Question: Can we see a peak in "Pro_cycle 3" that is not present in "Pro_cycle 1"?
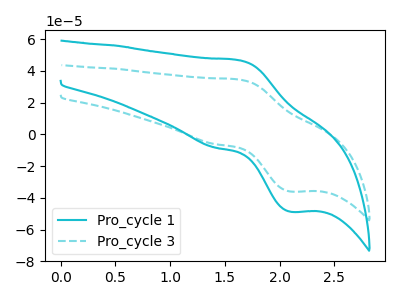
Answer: <think>The cyan curve "Pro_cycle 1" has an anodic peak at (1.65V, 46.70uA) and a cathodic peak at (2.10V, -48.80uA). The cyan dashed curve "Pro_cycle 3" has an anodic peak at (1.65V, 34.50uA) and a cathodic peak at (2.10V, -36.05uA).
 All the peaks in "Pro_cycle 3" have a peak in "Pro_cycle 1" at the same potential. Every peak in "Pro_cycle 3" is lower than every peak in "Pro_cycle 1".</think>
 <answer>No, "Pro_cycle 3" and "Pro_cycle 1" don't appear to be significantly different in shape</answer>
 <eval>no_change</eval>